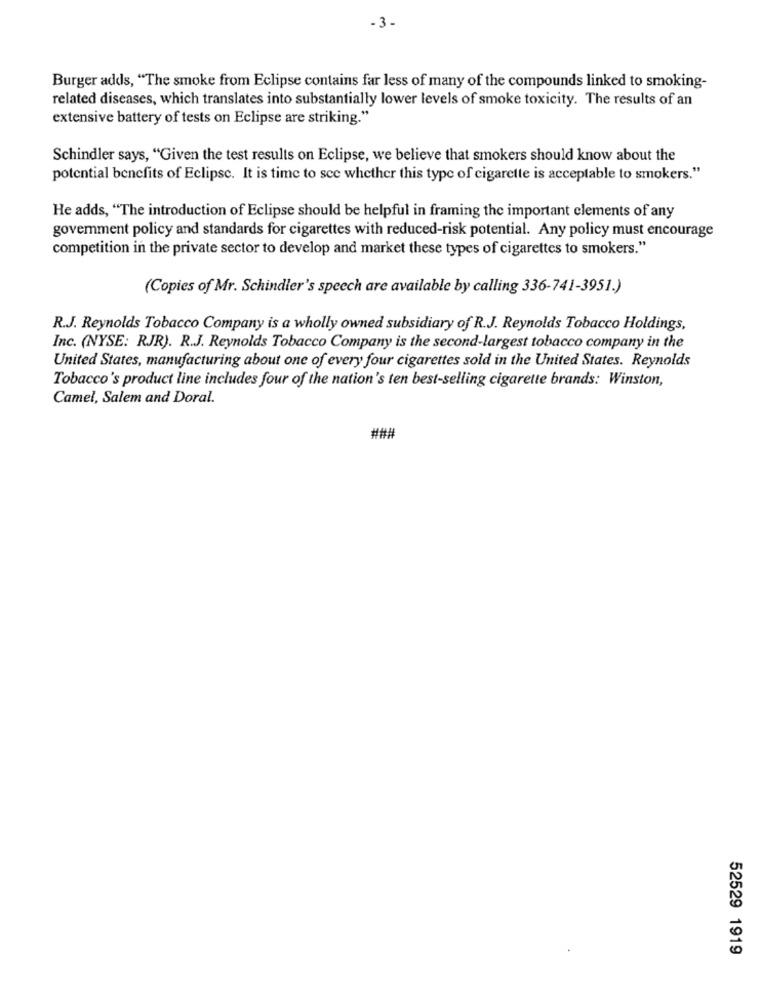
-3.
Burger adds, "The smoke from Eclipse contains far less of many of the compounds linked to smoking-
related diseases, which translates into substantially lower levels of smoke toxicity. The results of an
extensive battery of tests on Eclipse are striking."
Schindler says, "Given the test results on Eclipse, we believe that smokers should know about the
potential benefits of Eclipse. It is time to see whether this type of cigarette is acceptable to smokers."
He adds, "The introduction of Eclipse should be helpful in framing the important clements of any
goverment policy and standards for cigarettes with reduced-risk potential. Any policy must encourage
competition in the private sector to develop and market these types of cigarettes to smokers."
(Copies of Mr. Schindler's speech are available by calling 336-741-3951.)
R.J. Reynolds Tobacco Company is a wholly owned subsidiary of R.J. Reynolds Tobacco Holdings,
Inc. (NYSE: RJR). R.J. Reynolds Tobacco Company is the second-largest tobacco company in the
United States, manufacturing about one of every four cigarettes sold in the United States. Reynolds
Tobacco's product line includes four of the nation's ten best-selling cigarette brands: Winston,
Camel, Salem and Doral.
###
52529 1919